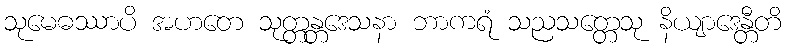
သုမေဓဿာပိ အဟတေ သုတ္တန္တဒေသနာ ဘာကရံ သညသတ္တေသု နိယျာဒေန္တီတိ